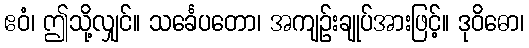
ဧဝံ၊ ဤသို့လျှင်။ သင်္ခေပတော၊ အကျဉ်းချုပ်အားဖြင့်။ ဒုဝိဓော၊